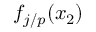
f _ { j / p } ( x _ { 2 } )